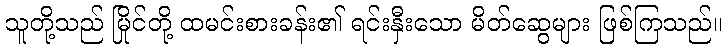
သူတို့သည် မြိုင်တို့ ထမင်းစားခန်း၏ ရင်းနှီးသော မိတ်ဆွေများ ဖြစ်ကြသည်။